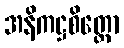
အနိကဋ္ဌစိတ္တော